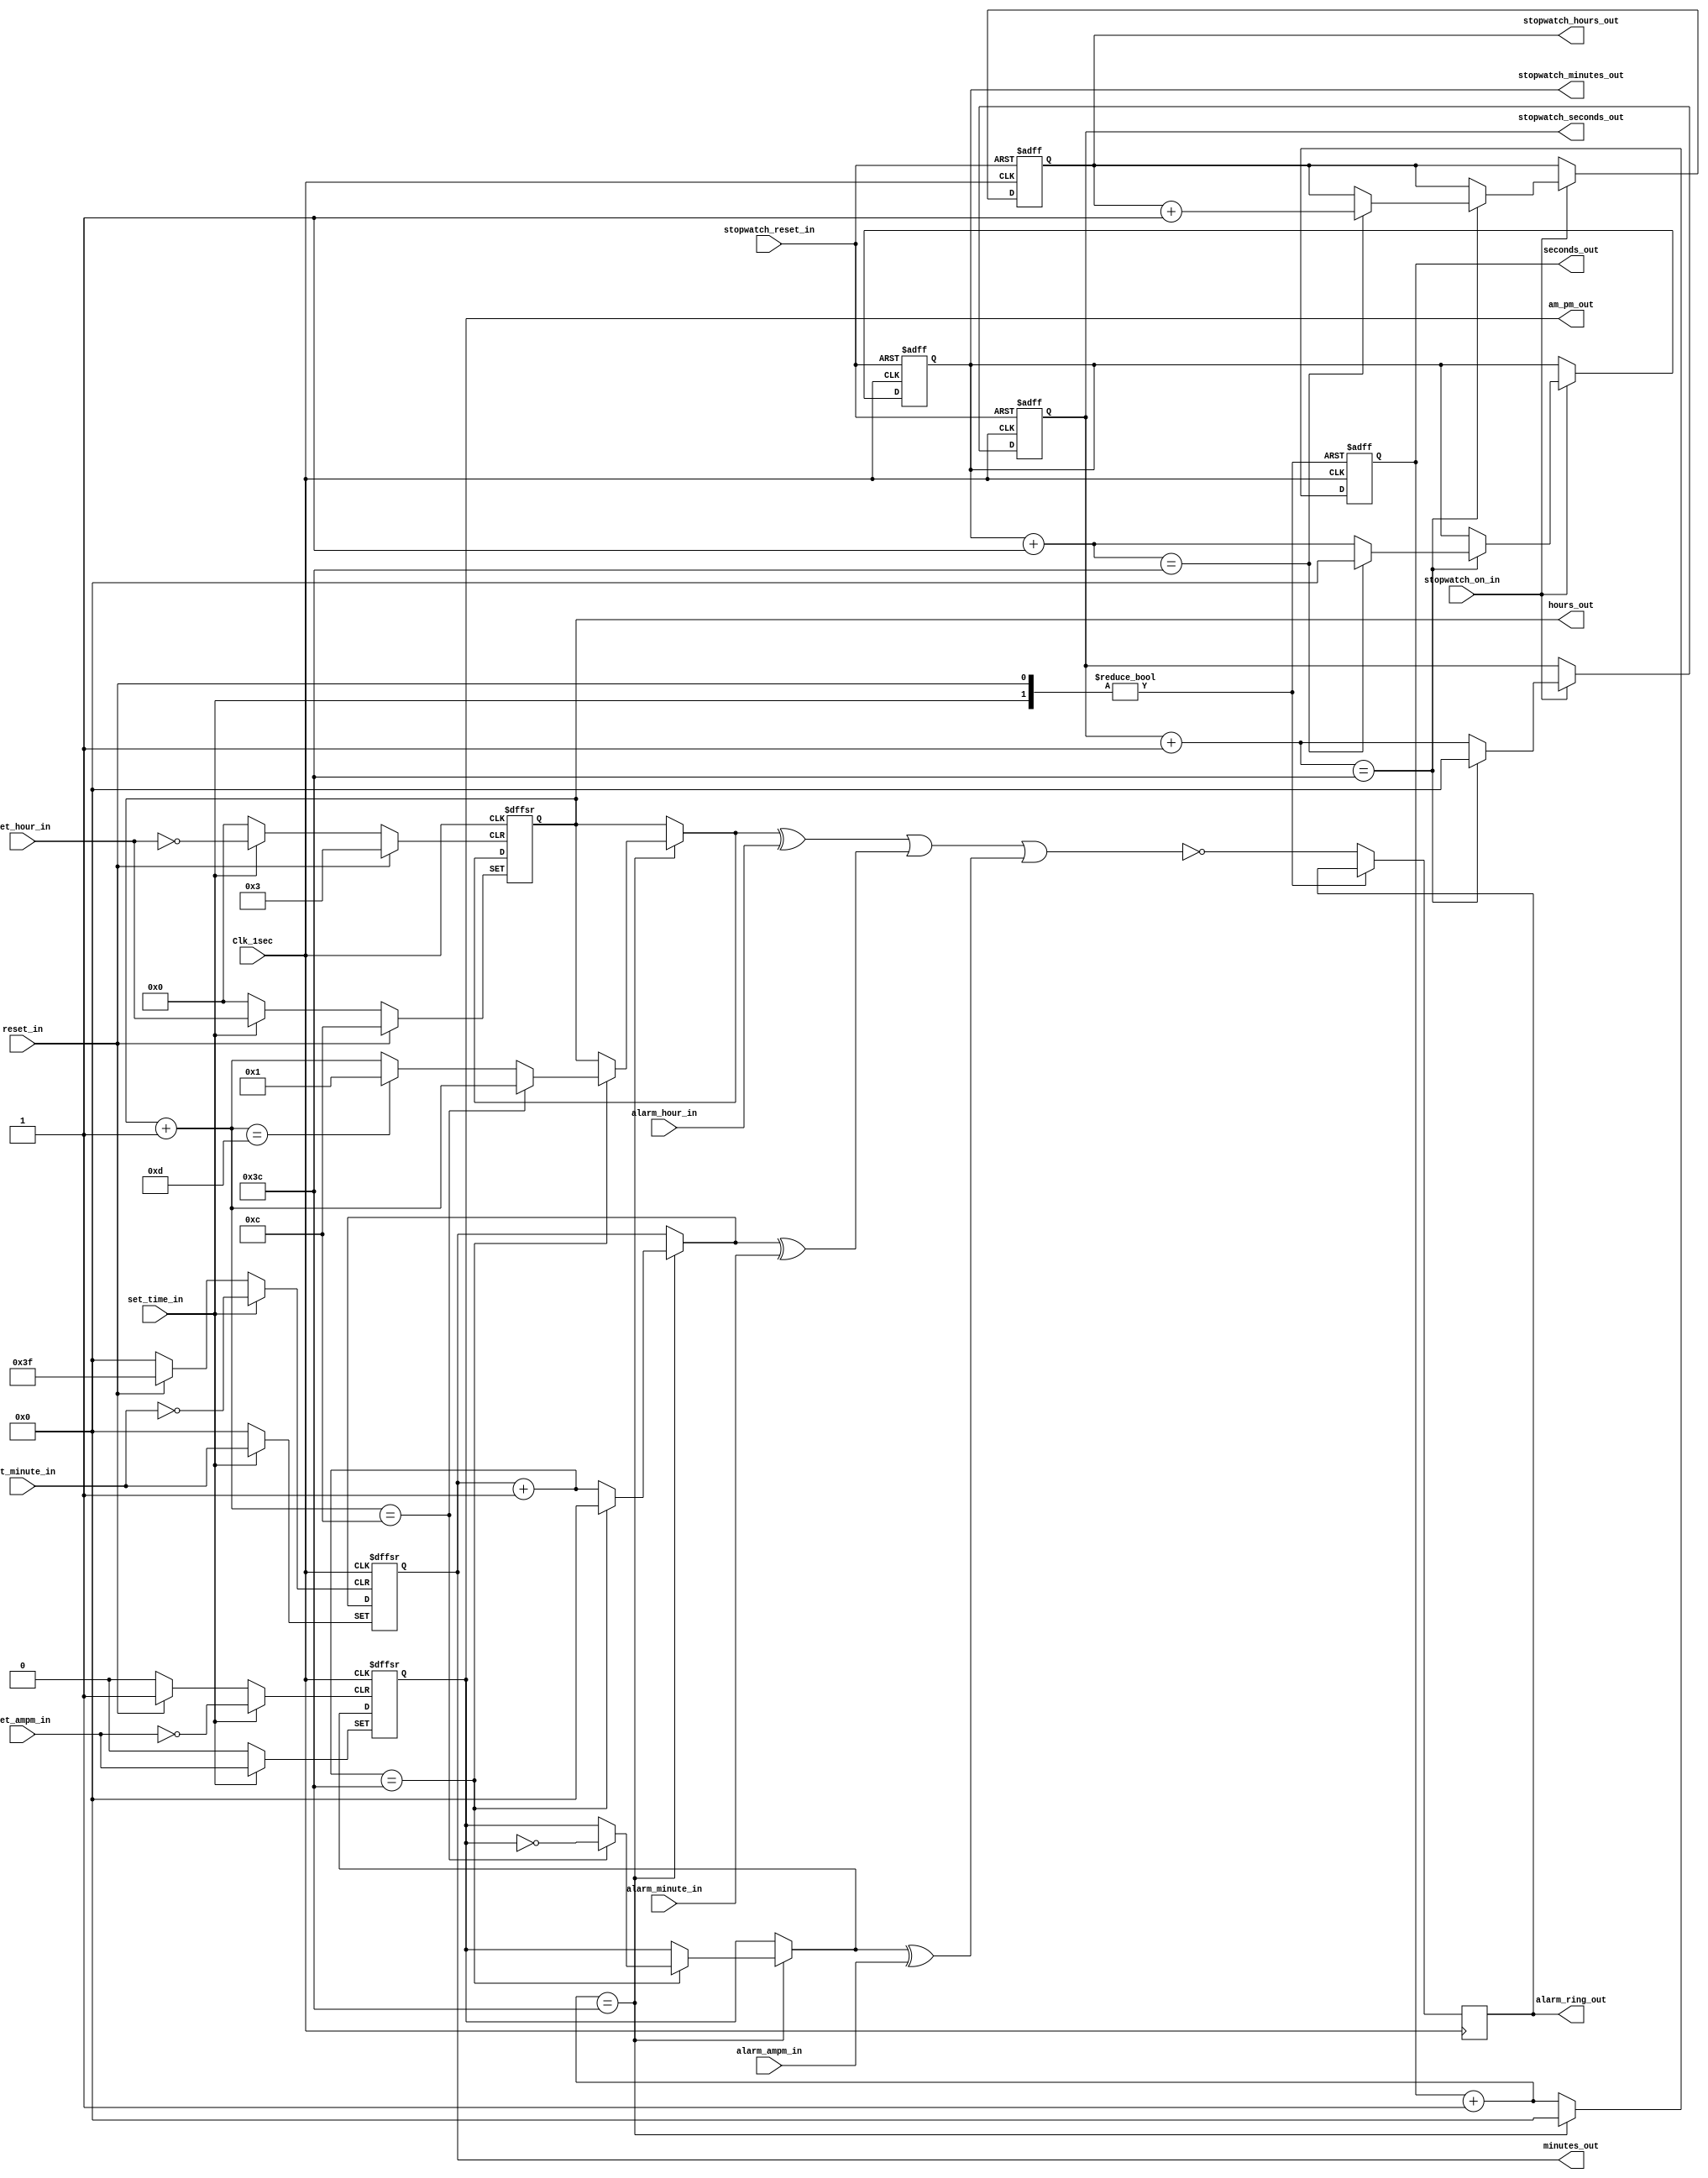
module digital_clock(
    seconds_out,
    minutes_out,
    hours_out,
    am_pm_out,
    stopwatch_hours_out,
    stopwatch_minutes_out,
    stopwatch_seconds_out,
    alarm_ring_out, 
    Clk_1sec, 
    reset_in, 
    set_time_in, 
    set_hour_in, 
    set_minute_in, 
    set_ampm_in,
    alarm_hour_in,
    alarm_minute_in,
    alarm_ampm_in, 
    stopwatch_on_in,
    stopwatch_reset_in
); 

// Outputs
output [5:0] seconds_out;
output [5:0] minutes_out;
output [3:0] hours_out;
output am_pm_out;
output [3:0] stopwatch_hours_out;
output [5:0] stopwatch_minutes_out;
output [5:0] stopwatch_seconds_out;
output alarm_ring_out; 

// Inputs
input Clk_1sec; // Clock with 1 Hz frequency
input reset_in; // Active high reset
input set_time_in; // Input 1 to select set time option
input [3:0] set_hour_in; // Input hour
input [5:0] set_minute_in; // Input minute
input set_ampm_in; // 0 for am and 1 for pm
input [3:0] alarm_hour_in;
input [5:0] alarm_minute_in;
input alarm_ampm_in; // 0 for am and 1 for pm
input stopwatch_on_in;
input stopwatch_reset_in;

// Internal variables.
reg [5:0] seconds_out;
reg [5:0] minutes_out;
reg [3:0] hours_out;
reg am_pm_out;
reg [3:0] stopwatch_hours_out;
reg [5:0] stopwatch_minutes_out;
reg [5:0] stopwatch_seconds_out;
reg alarm_ring_out = 0;

// Execute the always blocks when the Clock or reset inputs are changing from 0 to 1 (positive edge of the signal)
always @ (posedge(Clk_1sec), posedge(reset_in), posedge(set_time_in)) begin
    
    if (reset_in) begin // Check for active high reset and reset the time.
        seconds_out = 0;
        minutes_out = 0;
        hours_out = 12;
        am_pm_out = 0; 
    end
    
    else if (set_time_in) begin // Set time manually
        seconds_out = 0;
        minutes_out = set_minute_in;
        hours_out = set_hour_in;
        am_pm_out = set_ampm_in; 
    end
    
    else if (Clk_1sec) begin // At the beginning of each second
        seconds_out = seconds_out + 1; // Increment sec
        if (seconds_out == 60) begin // Check for max value of sec
            seconds_out = 0; // Reset seconds
            minutes_out = minutes_out + 1; // Increment minutes
            if (minutes_out == 60) begin // Check for max value of min
                minutes_out = 0; // Reset minutes
                hours_out = hours_out + 1; // Increment hours
                if (hours_out == 12) begin // Check for max value of hours
                    am_pm_out = ~am_pm_out; // Toggle am_pm
                end
                else if (hours_out == 13) begin
                    hours_out = 1;
                end
            end
        end
        alarm_ring_out = !((hours_out^alarm_hour_in) | (minutes_out^alarm_minute_in) | (am_pm_out^alarm_ampm_in)); // Compare alarm time with present time
    end

end

always @ (posedge(Clk_1sec), posedge(stopwatch_reset_in)) begin

    if (stopwatch_reset_in) begin // Check for active high reset and reset the time.
        stopwatch_seconds_out = 0;
        stopwatch_minutes_out = 0;
        stopwatch_hours_out = 0; 
    end
            
    else if (stopwatch_on_in) begin // At the beginning of each second
        stopwatch_seconds_out = stopwatch_seconds_out + 1;
        // Increment sec
        if (stopwatch_seconds_out == 60) begin // Check for max value of sec
            stopwatch_seconds_out = 0; // Reset seconds
            stopwatch_minutes_out = stopwatch_minutes_out + 1;
            // Increment minutes
            if (stopwatch_minutes_out == 60) begin // Check for max value of min
                stopwatch_minutes_out = 0; // Reset minutes
                stopwatch_hours_out = stopwatch_hours_out + 1;
                // Increment hours
                if (stopwatch_hours_out == 24) begin // Check for max value of hours
                    stopwatch_hours_out = 0; // Reset hours
                end
            end
        end
    end
end

endmodule